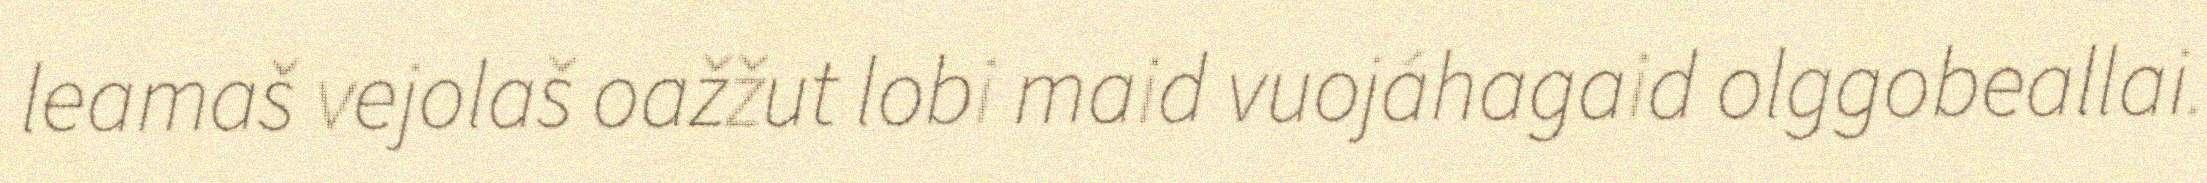
leamaš vejolaš oažžut lobi maid vuojáhagaid olggobeallai.